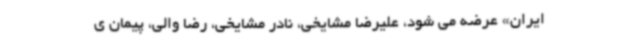
ایران» عرضه می شود، علیرضا مشایخی، نادر مشایخی، رضا والی، پیمان ی